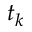
t _ { k }